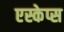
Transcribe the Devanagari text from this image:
एस्केप्स